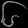
Digit: ၆